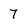
Character: 7